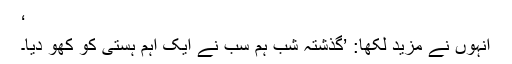
‘
انہوں نے مزید لکھا: ’گذشتہ شب ہم سب نے ایک اہم ہستی کو کھو دیا۔